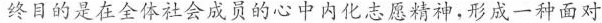
终目的是在全体社会成员的心中内化志愿精神，形成一种面对